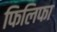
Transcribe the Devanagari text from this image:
फिलिफा